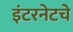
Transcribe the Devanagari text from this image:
इंटरनेटचे